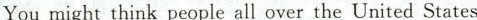
You might think people all over the United States